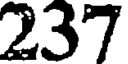
237